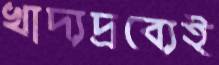
খাদ্যদ্রব্যেই